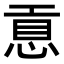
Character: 𢜊